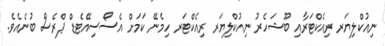
ނިއުކްލިޔަރ ރިއެކްޓަރާއި ބޫޝަހެރު ނިއުކްލިޔަރ ރިއެކްޓަރ ހިމެނޭ ކަމަށް އެސޯސިއޭޓެޑް ޕްރެސް ބުނެއެވެ.